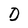
Character: O